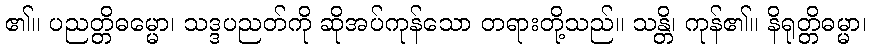
၏။ ပညတ္တိဓမ္မော၊ သဒ္ဒပညတ်ကို ဆိုအပ်ကုန်သော တရားတို့သည်။ သန္တိ၊ ကုန်၏။ နိရုတ္တိဓမ္မာ၊